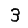
Digit: 3